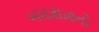
બાદશાહનો